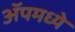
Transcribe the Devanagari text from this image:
ॲपमध्ये